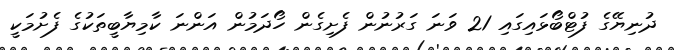
ދުނިޔޭގެ ފުޓްބޯޅައިގައި 21 ވަނަ ގަރުނުން ފެށިގެން ހޯދަމުން އަންނަ ކާމިޔާބީތަކުގެ ފެށުމަކީ